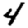
Digit: 4